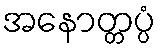
အနောတ္တပ္ပံ